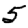
Digit: 5